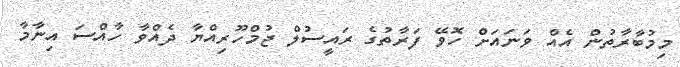
މިމުބާރާތުން އެއް ވަަނައަށް ހޮވޭ ފަރާތުގެ ރައީސުލް ޖުމްހޫރިއްޔާ ދެއްވާ ހާއްސަ އިނާމާ